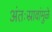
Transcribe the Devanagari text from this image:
अंतःस्रावांमुळे